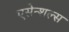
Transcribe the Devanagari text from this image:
एसेन्शल्स